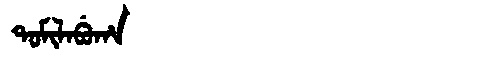
Manchu: ᡨᠣᠮᡳᠯᠠᠪᡠᡥᠠ
Romanization: TOMILABUHA